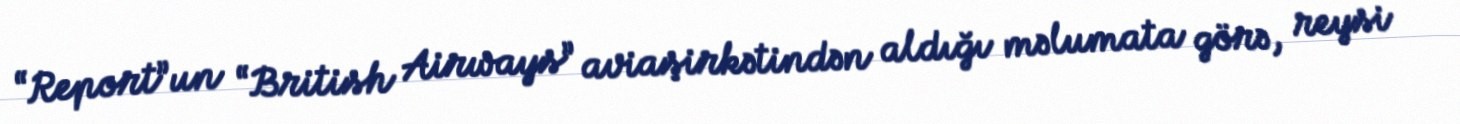
“Report”un “British Airways” aviaşirkətindən aldığı məlumata görə, reysi